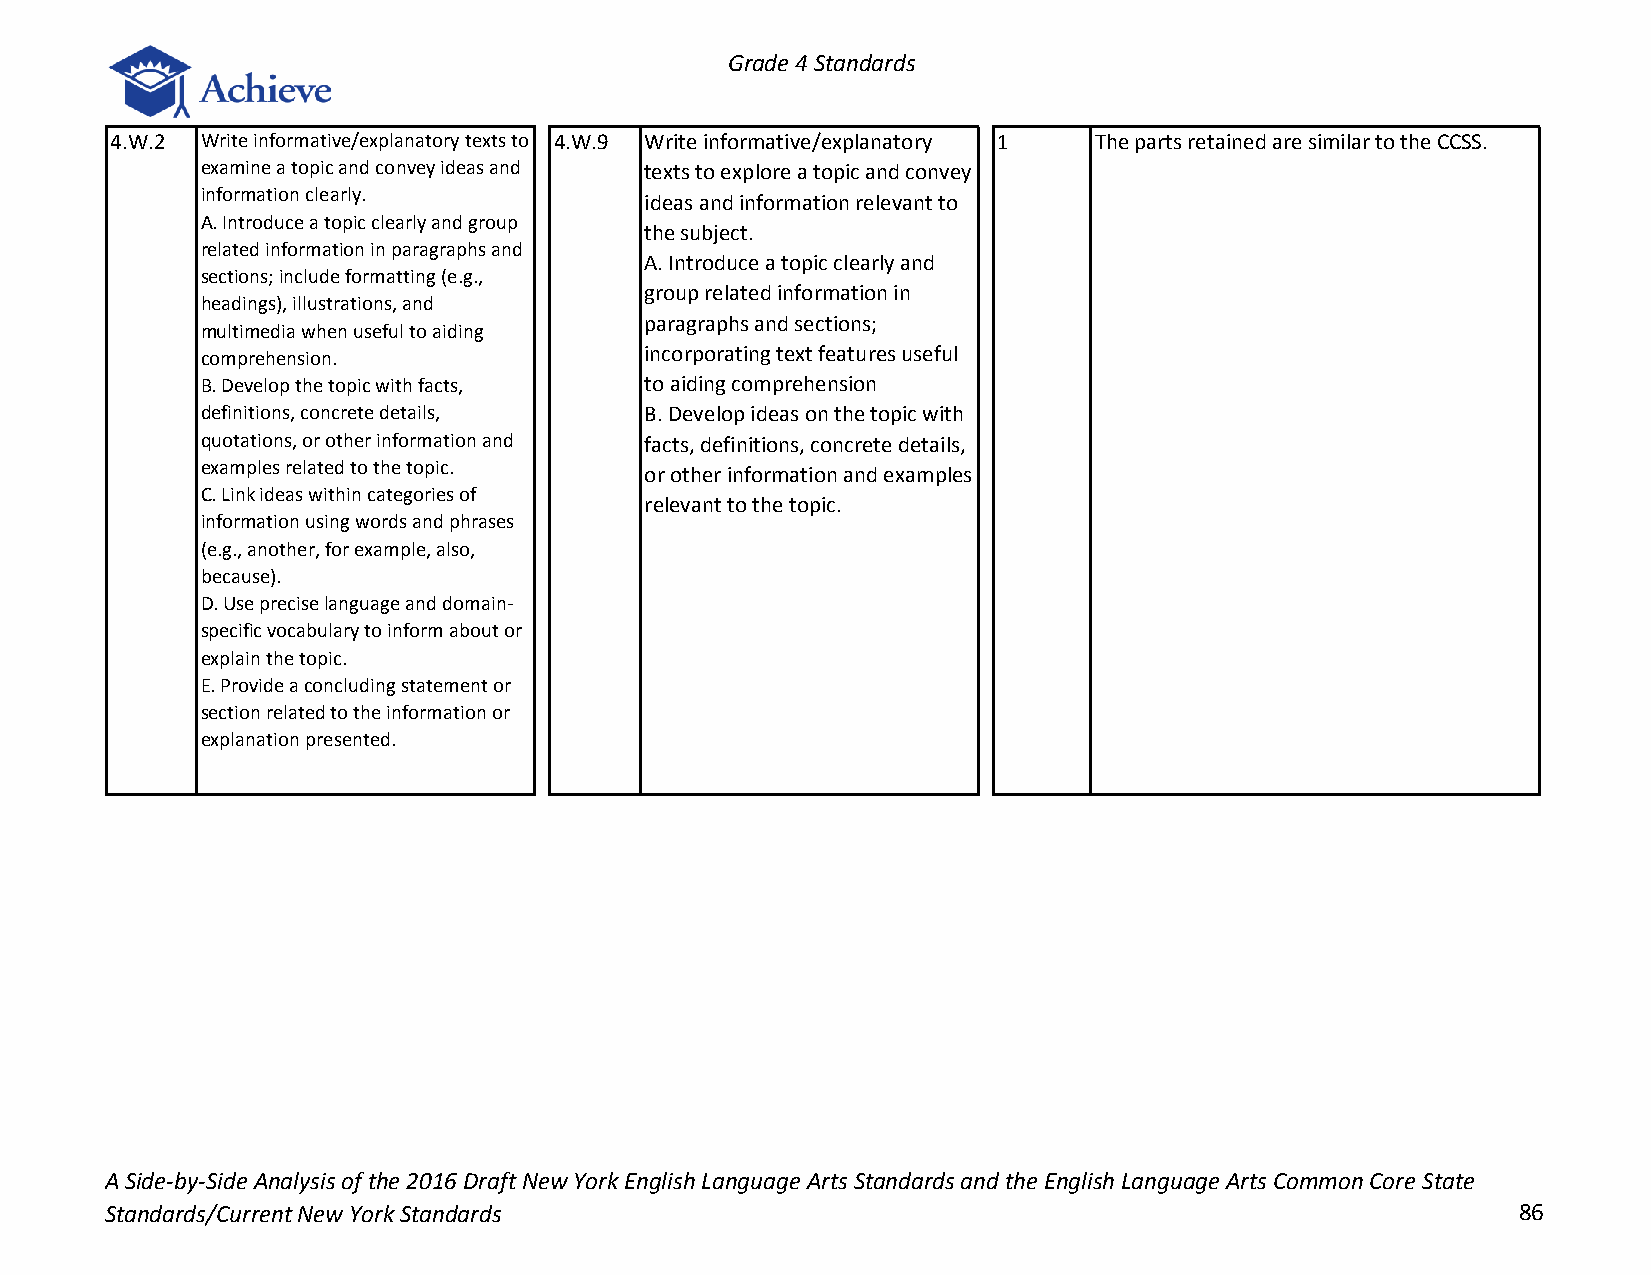
Grade 4 Standards
 4.W.2 Write informative/explanatory texts to 4.W.9 Write informative/explanatory 1 The parts retained are similar to the CCSS.
 examine a topic and convey ideas and texts to explore a topic and convey
 information clearly.
 ideas and information relevant to
 A. Introduce a topic clearly and group
 the subject.
 related information in paragraphs and
 A. Introduce a topic clearly and
 sections; include formatting (e.g.,
 group related information in
 headings), illustrations, and
 paragraphs and sections;
 multimedia when useful to aiding
 comprehension.                incorporating text features useful
 B. Develop the topic with facts, to aiding comprehension
 definitions, concrete details, B. Develop ideas on the topic with
 quotations, or other information and facts, definitions, concrete details,
 examples related to the topic.
 or other information and examples
 C. Link ideas within categories of
 relevant to the topic.
 information using words and phrases
 (e.g., another, for example, also,
 because).
 D. Use precise language and domain-
 specific vocabulary to inform about or
 explain the topic.
 E. Provide a concluding statement or
 section related to the information or
 explanation presented.
 A Side-by-Side Analysis of the 2016 Draft New York English Language Arts Standards and the English Language Arts Common Core State
 Standards/Current New York Standards                                                         86